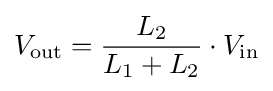
V_{\mathrm {out} }={\frac {L_{2}}{L_{1}+L_{2}}}\cdot V_{\mathrm {in} }